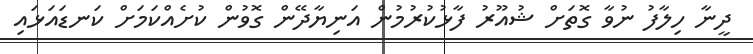
ދީނާ ހިލާފު ނުވާ ގޮތަށް ޝުއޫރު ފާޅުކުރުމުން އަނިޔާދޭން ގޮވުން ކުށެއްކަމަށް ކަނޑައަޅައި